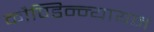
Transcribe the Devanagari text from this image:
कौण्डिन्न्यायन